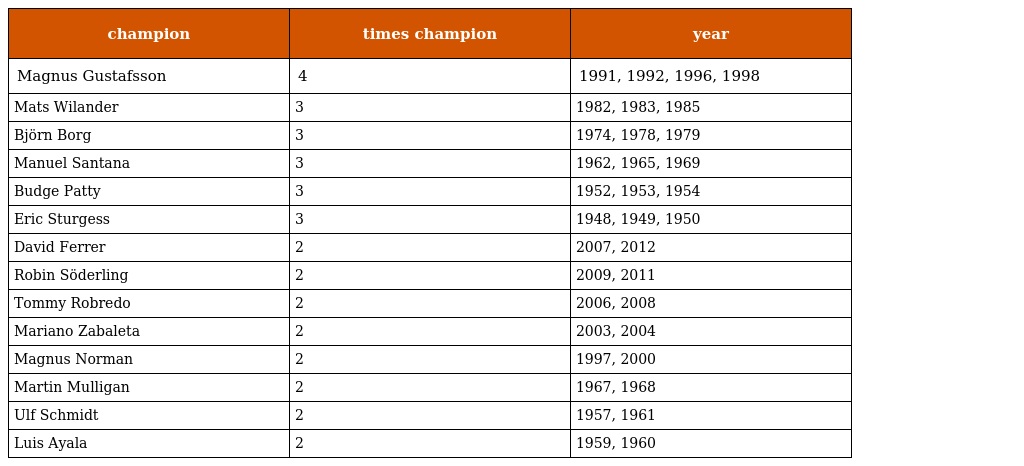
| champion | times champion | year |
 | --- | --- | --- |
 | Magnus Gustafsson | 4 | 1991, 1992, 1996, 1998 |
 | Mats Wilander | 3 | 1982, 1983, 1985 |
 | Björn Borg | 3 | 1974, 1978, 1979 |
 | Manuel Santana | 3 | 1962, 1965, 1969 |
 | Budge Patty | 3 | 1952, 1953, 1954 |
 | Eric Sturgess | 3 | 1948, 1949, 1950 |
 | David Ferrer | 2 | 2007, 2012 |
 | Robin Söderling | 2 | 2009, 2011 |
 | Tommy Robredo | 2 | 2006, 2008 |
 | Mariano Zabaleta | 2 | 2003, 2004 |
 | Magnus Norman | 2 | 1997, 2000 |
 | Martin Mulligan | 2 | 1967, 1968 |
 | Ulf Schmidt | 2 | 1957, 1961 |
 | Luis Ayala | 2 | 1959, 1960 |